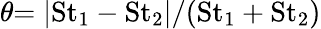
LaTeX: \theta{=|\mathrm{St}_{1}-\mathrm{St}_{2}|/(\mathrm{St}_{1}+\mathrm{St}_{2})}